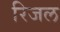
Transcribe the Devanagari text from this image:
रिजल